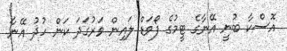
އޮސްކާ ބުނީ އޭނާގެ ޓީމުގެ ފޯވަޑް ލައިން ވަރުގަދަ ކަން ހުދު އޭނާ